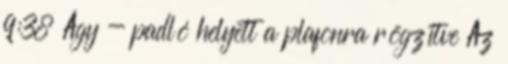
9:38 Ágy - padló helyett a plafonra rögzítve Az